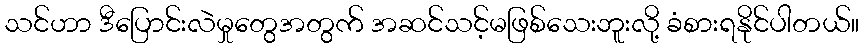
သင်ဟာ ဒီပြောင်းလဲမှုတွေအတွက် အဆင်သင့်မဖြစ်သေးဘူးလို့ ခံစားရနိုင်ပါတယ်။